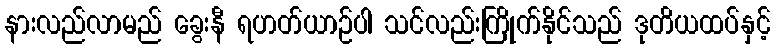
နားလည်လာမည် ခွေးနီ ရဟတ်ယာဉ်ပါ သင်လည်းကြိုက်နိုင်သည် ဒုတိယထပ်နှင့်